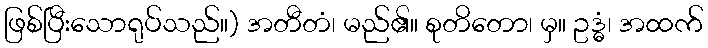
ဖြစ်ပြီးသောရုပ်သည်။) အတီတံ၊ မည်၏။ စုတိတော၊ မှ။ ဥဒ္ဓံ၊ အထက်